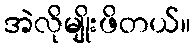
အဲလိုမျိုးဖိတယ်။